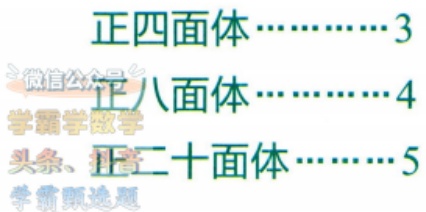
正四面体\cdots\cdots3\\
正八面体\cdots\cdots4\\
正二十面体\cdots\cdots5